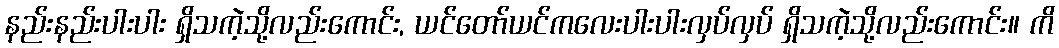
နည်းနည်းပါးပါး ရှိသကဲ့သို့လည်းကောင်း, ယင်တော်ယင်ကလေးပါးပါးလှပ်လှပ် ရှိသကဲ့သို့လည်းကောင်း။ ကိ